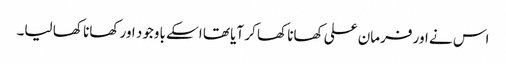
اس نے اور فرمان علی کھانا کھا کر آیا تھا اسکے باوجود اور کھانا کھا لیا۔